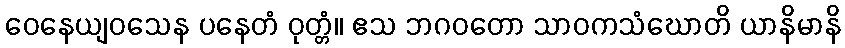
ဝေနေယျဝသေန ပနေတံ ဝုတ္တံ။ ဧသ ဘဂဝတော သာဝကသံဃောတိ ယာနိမာနိ